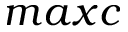
m a x c